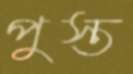
পুস্ত